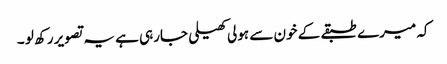
کہ میرے طبقے کے خون سے ہولی کھیلی جارہی ہے یہ تصویر رکھ لو ۔